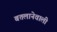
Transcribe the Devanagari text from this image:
बतलानेवाली